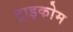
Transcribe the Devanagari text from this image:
ट्राइकोम